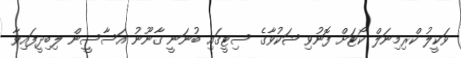
ވަކީލު ކްރިމިނަލް ކޯޓަށް ފޮނުވި ޝަކުވާގެ ސިޓީގައި ބުނަނީ ގާނޫނު އަސާސީން ލިބިދީފައިވާ